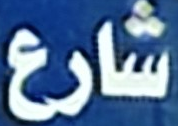
شارع